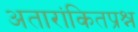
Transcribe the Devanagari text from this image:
अतारांकितप्रश्न